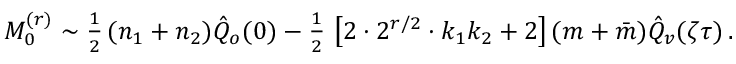
{ \cal M } _ { 0 } ^ { ( r ) } \sim { \textstyle { \frac { 1 } { 2 } } } \, ( n _ { 1 } + n _ { 2 } ) \hat { Q } _ { o } ( 0 ) - { \textstyle { \frac { 1 } { 2 } } } \, \left[ 2 \cdot 2 ^ { r / 2 } \cdot k _ { 1 } k _ { 2 } + 2 \right] ( m + \bar { m } ) \hat { Q } _ { v } ( \zeta \tau ) \, .